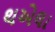
થએલા